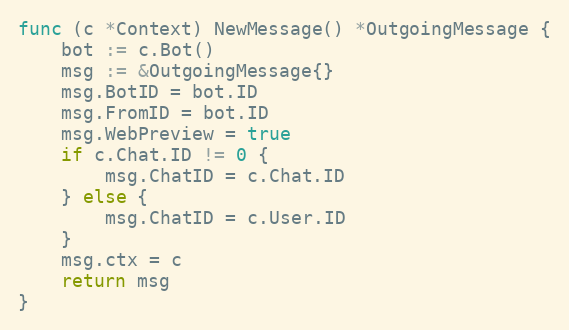
Language: Go
func (c *Context) NewMessage() *OutgoingMessage {
	bot := c.Bot()
	msg := &OutgoingMessage{}
	msg.BotID = bot.ID
	msg.FromID = bot.ID
	msg.WebPreview = true
	if c.Chat.ID != 0 {
		msg.ChatID = c.Chat.ID
	} else {
		msg.ChatID = c.User.ID
	}
	msg.ctx = c
	return msg
}